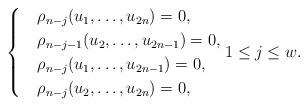
LaTeX: \begin{align*} \begin{cases} &\rho_{n-j}(u_1,\ldots,u_{2n})=0,\\ &\rho_{n-j-1}(u_2,\ldots,u_{2n-1})=0,\\ &\rho_{n-j}(u_1,\ldots,u_{2n-1})=0,\\ &\rho_{n-j}(u_2,\ldots,u_{2n})=0, \end{cases} 1\leq j\leq w. \end{align*}